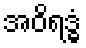
အဝိရဒ္ဓံ